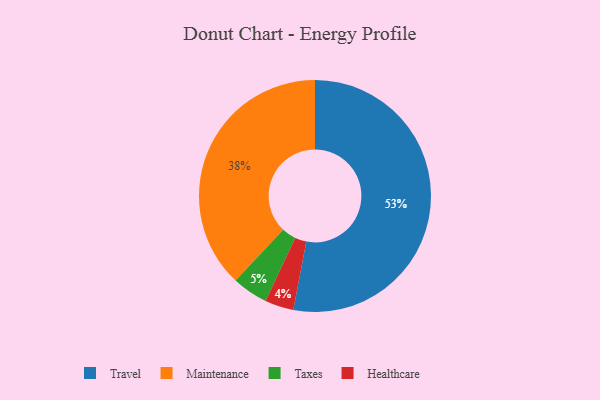
{"axis": {"x": "Category", "y": "Percentage"}, "legend": ["Healthcare", "Maintenance", "Taxes", "Travel"], "data": [{"x": "Healthcare", "y": 4, "type": "Healthcare"}, {"x": "Maintenance", "y": 38, "type": "Maintenance"}, {"x": "Taxes", "y": 5, "type": "Taxes"}, {"x": "Travel", "y": 53, "type": "Travel"}]}